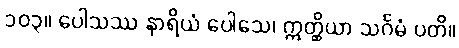
၁၀၃။ ပေါသဿ နာရိယံ ပေါသေ၊ ဣတ္ထိယာ သင်္ဂမံ ပတိ။